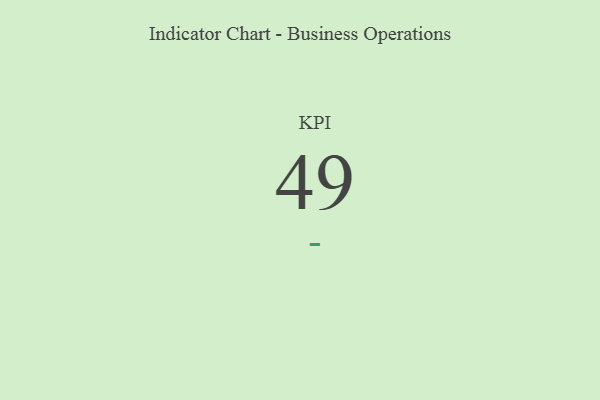
{"axis": {"x": "KPI", "y": "Value"}, "legend": [""], "data": [{"x": "KPI", "y": 49, "type": ""}]}